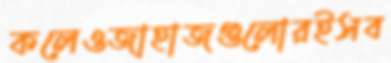
কলেওজাহাজগুলোরইসব